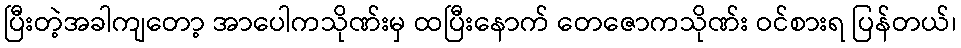
ပြီးတဲ့အခါကျတော့ အာပေါကသိုဏ်းမှ ထပြီးနောက် တေဇောကသိုဏ်း ဝင်စားရ ပြန်တယ်၊